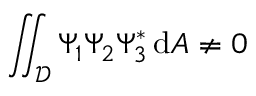
\iint _ { \mathcal { D } } \Psi _ { 1 } \Psi _ { 2 } \Psi _ { 3 } ^ { * } \, \mathrm { d } A \neq 0